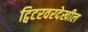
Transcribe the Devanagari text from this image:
ट्विटरवरदेखील